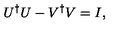
U ^ { \dagger } U - V ^ { \dagger } V = I ,